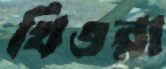
থিওরা